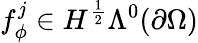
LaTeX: f_{\phi}^{j}\in H^{\frac{1}{2}}\Lambda^{0}(\partial\Omega)